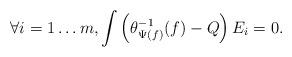
LaTeX: \begin{align*} \forall i=1\ldots m,\int \left(\theta^{-1}_{\Psi(f)}(f)-Q\right)E_i=0. \end{align*}